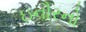
ઇનૌરનો